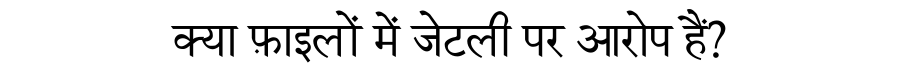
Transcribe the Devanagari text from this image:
क्या फ़ाइलों में जेटली पर आरोप हैं?